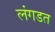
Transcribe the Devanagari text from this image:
लंगडत